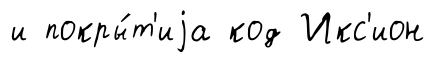
и покры́т'иjа код Икс'ион